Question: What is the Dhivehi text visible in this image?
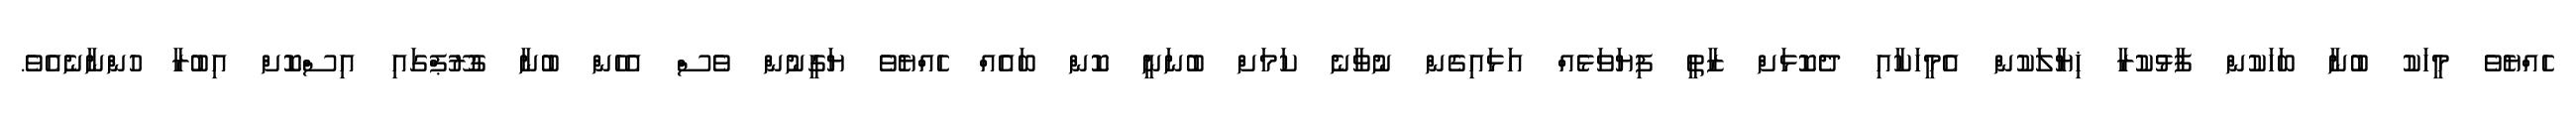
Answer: ހެއްޔެވެ މީހަކު ބުނާ ބަހަކުން ފާޅުކުރާ ޚިޔާލަކުން އެމީހަކާއި ދެކޮޅަށް ޒާތީ ފިޔަވަޅެއް އަޅައިގެން ނުވާނެ ކަމަށް ބުނަނީ ކޮން ބައެއް ހެއްޔެވެ ޔަގީނުން ވެސް އެހެން ބުނާ ގުރޫޕްގައި އިސްކޮށް އިބުރާ ހުންނާނެއެވެ.